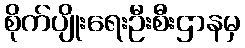
စိုက်ပျိုးရေးဦးစီးဌာနမှ